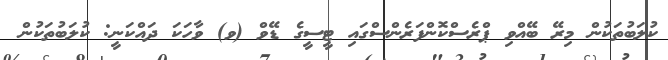
ކުލަބުތަކުން މިރޭ ބޭއްވި ޕްރެސްކޮންފަރެންސްގައި ޓީސީގެ ޑޭވް (ވ) ވާހަކަ ދައްކަނީ: ކުލަބުތަކުން